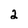
Character: 2